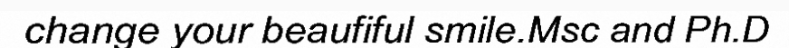
change your beaufiful smile.Msc and Ph.D